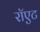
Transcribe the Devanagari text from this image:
रॉएट